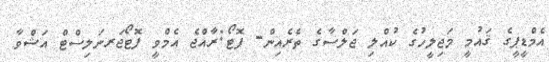
އެމްޑީޕީގެ ޤައުމީ މަޖިލީހުގެ ކުއްލި ޖަލްސާގެ ތެރެއިން- ފޮޓޯ:ރާއްޖެ އެމްވީ ފޮޓޯޖަރނަލިސްޓް އަޝްވާ